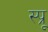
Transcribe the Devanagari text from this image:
स्प्रू